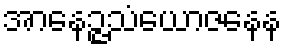
အာနေဉ္ဇသံယောဇနေန